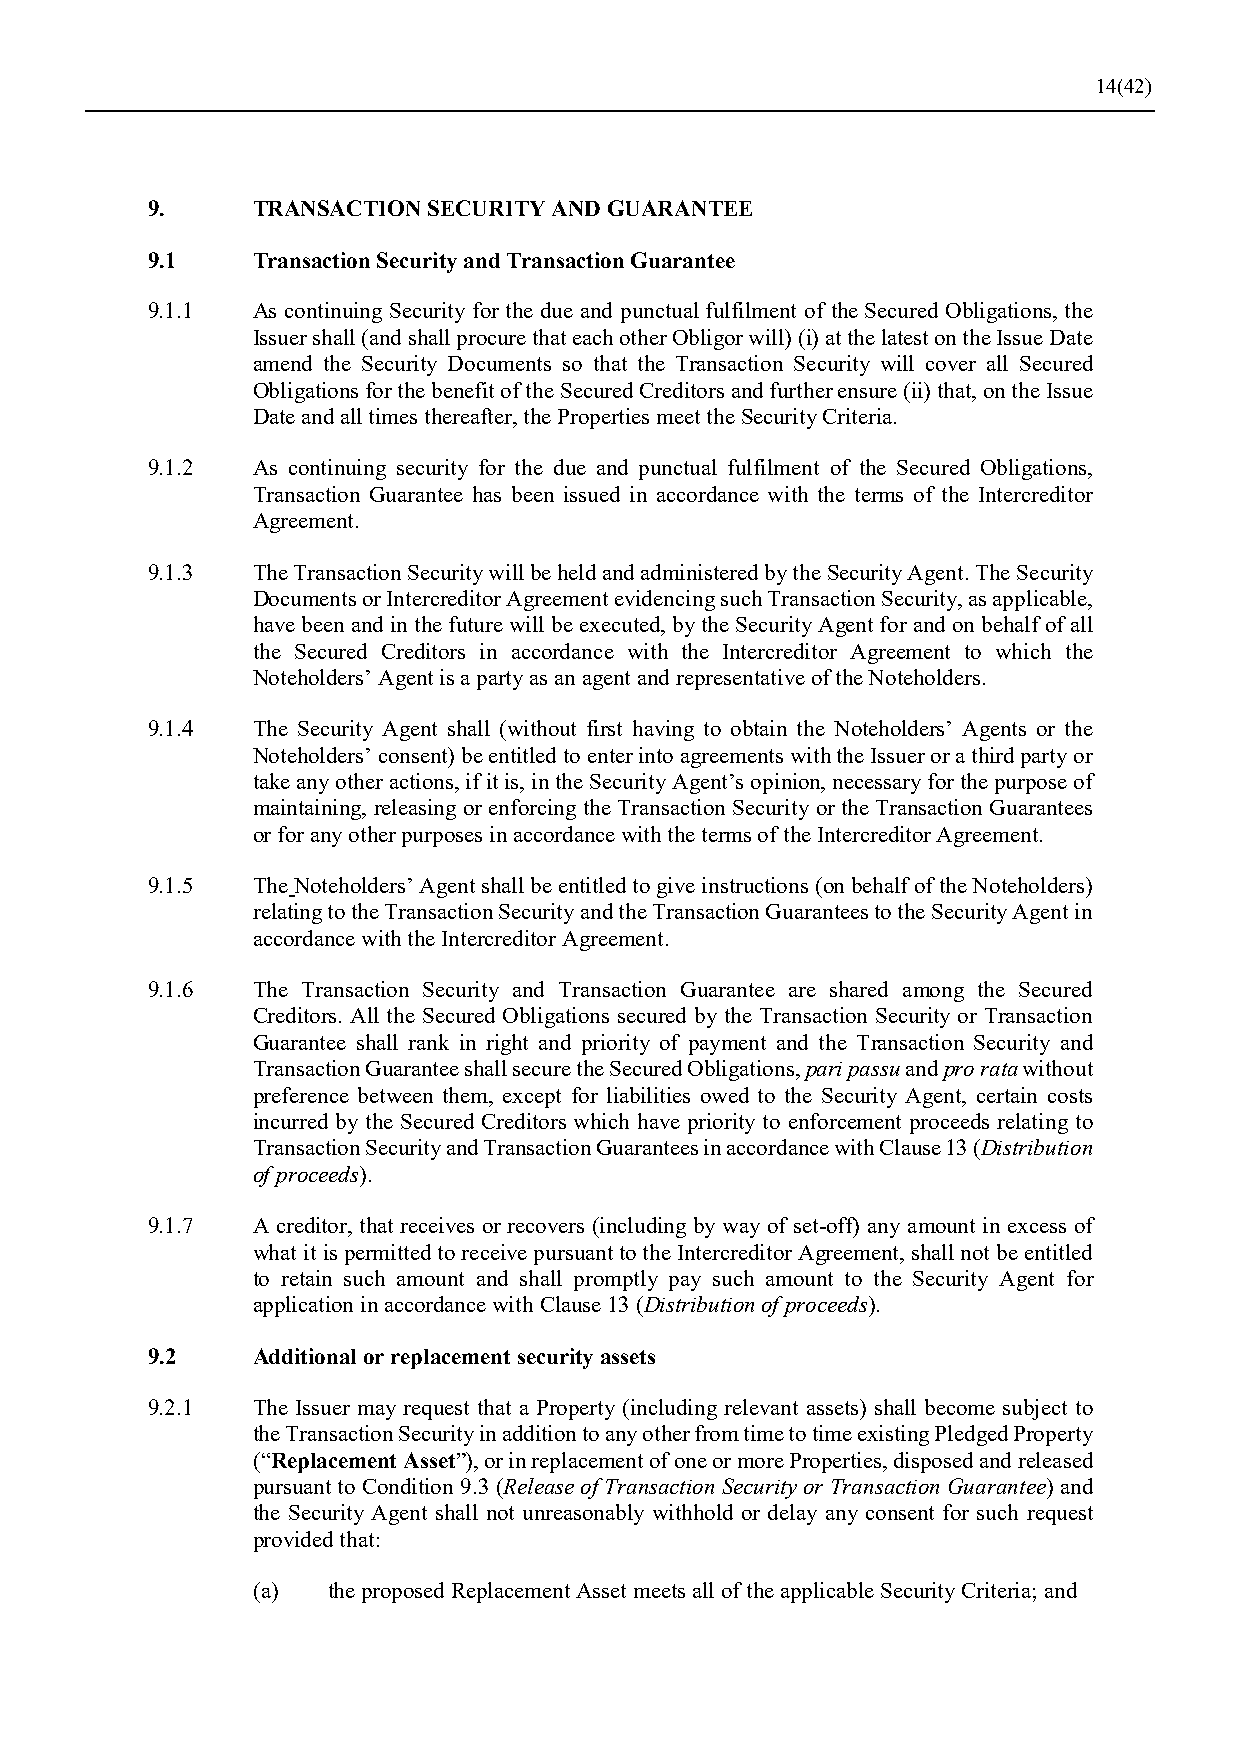
14(42)
 9.     TRANSACTION SECURITY AND GUARANTEE
 9.1    Transaction Security and Transaction Guarantee
 9.1.1  As continuing Security for the due and punctual fulfilment of the Secured Obligations, the
 Issuer shall (and shall procure that each other Obligor will) (i) at the latest on the Issue Date
 amend the Security Documents so that the Transaction Security will cover all Secured
 Obligations for the benefit of the Secured Creditors and further ensure (ii) that, on the Issue
 Date and all times thereafter, the Properties meet the Security Criteria.
 9.1.2  As continuing security for the due and punctual fulfilment of the Secured Obligations,
 Transaction Guarantee has been issued in accordance with the terms of the Intercreditor
 Agreement.
 9.1.3  The Transaction Security will be held and administered by the Security Agent. The Security
 Documents or Intercreditor Agreement evidencing such Transaction Security, as applicable,
 have been and in the future will be executed, by the Security Agent for and on behalf of all
 the Secured Creditors in accordance with the Intercreditor Agreement to which the
 Noteholders’ Agent is a party as an agent and representative of the Noteholders.
 9.1.4  The Security Agent shall (without first having to obtain the Noteholders’ Agents or the
 Noteholders’ consent) be entitled to enter into agreements with the Issuer or a third party or
 take any other actions, if it is, in the Security Agent’s opinion, necessary for the purpose of
 maintaining, releasing or enforcing the Transaction Security or the Transaction Guarantees
 or for any other purposes in accordance with the terms of the Intercreditor Agreement.
 9.1.5  The Noteholders’ Agent shall be entitled to give instructions (on behalf of the Noteholders)
 relating to the Transaction Security and the Transaction Guarantees to the Security Agent in
 accordance with the Intercreditor Agreement.
 9.1.6  The Transaction Security and Transaction Guarantee are shared among the Secured
 Creditors. All the Secured Obligations secured by the Transaction Security or Transaction
 Guarantee shall rank in right and priority of payment and the Transaction Security and
 Transaction Guarantee shall secure the Secured Obligations, pari passu and pro rata without
 preference between them, except for liabilities owed to the Security Agent, certain costs
 incurred by the Secured Creditors which have priority to enforcement proceeds relating to
 Transaction Security and Transaction Guarantees in accordance with Clause 13 (Distribution
 of proceeds).
 9.1.7  A creditor, that receives or recovers (including by way of set-off) any amount in excess of
 what it is permitted to receive pursuant to the Intercreditor Agreement, shall not be entitled
 to retain such amount and shall promptly pay such amount to the Security Agent for
 application in accordance with Clause 13 (Distribution of proceeds).
 9.2    Additional or replacement security assets
 9.2.1  The Issuer may request that a Property (including relevant assets) shall become subject to
 the Transaction Security in addition to any other from time to time existing Pledged Property
 (“Replacement Asset”), or in replacement of one or more Properties, disposed and released
 pursuant to Condition 9.3 (Release of Transaction Security or Transaction Guarantee) and
 the Security Agent shall not unreasonably withhold or delay any consent for such request
 provided that:
 (a)  the proposed Replacement Asset meets all of the applicable Security Criteria; and